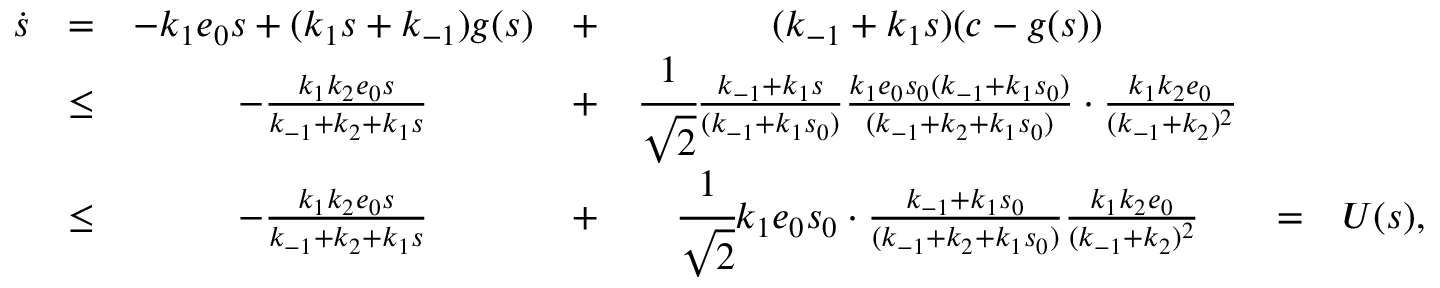
\begin{array} { r c c c c c l } { \dot { s } } & { = } & { - k _ { 1 } e _ { 0 } s + ( k _ { 1 } s + k _ { - 1 } ) g ( s ) } & { + } & { ( k _ { - 1 } + k _ { 1 } s ) ( c - g ( s ) ) } & & \\ & { \leq } & { - \frac { k _ { 1 } k _ { 2 } e _ { 0 } s } { k _ { - 1 } + k _ { 2 } + k _ { 1 } s } } & { + } & { \cfrac { 1 } { \sqrt 2 } \frac { k _ { - 1 } + k _ { 1 } s } { ( k _ { - 1 } + k _ { 1 } s _ { 0 } ) } \frac { k _ { 1 } e _ { 0 } s _ { 0 } ( k _ { - 1 } + k _ { 1 } s _ { 0 } ) } { ( k _ { - 1 } + k _ { 2 } + k _ { 1 } s _ { 0 } ) } \cdot \frac { k _ { 1 } k _ { 2 } e _ { 0 } } { ( k _ { - 1 } + k _ { 2 } ) ^ { 2 } } } & & \\ & { \leq } & { - \frac { k _ { 1 } k _ { 2 } e _ { 0 } s } { k _ { - 1 } + k _ { 2 } + k _ { 1 } s } } & { + } & { \cfrac { 1 } { \sqrt 2 } k _ { 1 } e _ { 0 } s _ { 0 } \cdot \frac { k _ { - 1 } + k _ { 1 } s _ { 0 } } { ( k _ { - 1 } + k _ { 2 } + k _ { 1 } s _ { 0 } ) } \frac { k _ { 1 } k _ { 2 } e _ { 0 } } { ( k _ { - 1 } + k _ { 2 } ) ^ { 2 } } } & { = } & { U ( s ) , } \end{array}